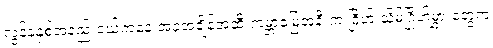
လွန်ခဲ့နှစ်အနည်းငယ်ကနေ အခုအချိန်အထိ ကမ္ဘာမြေအနီးက ဂြိုဟ် သိမ်ဂြိုဟ်မွှားတွေက